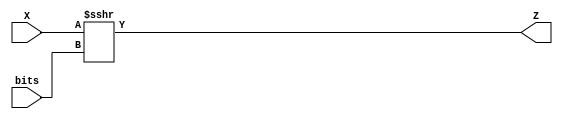
`timescale 1ns / 1ps
//////////////////////////////////////////////////////////////////////////////////
// Company: 
// 
// Design Name: 
// Module Name:    Shifter1bit 
// Project Name: 
// Target Devices: 
// Tool versions: 
// Description: 
//
// Dependencies: 
//
// Revision: 
// Revision 0.01 - File Created
// Additional Comments: 
//
//////////////////////////////////////////////////////////////////////////////////
module Shifter(
    input [15:0] X,
	 input [3:0] bits,
    output [15:0] Z
    );
	
	assign Z = X >>> bits;
	
endmodule